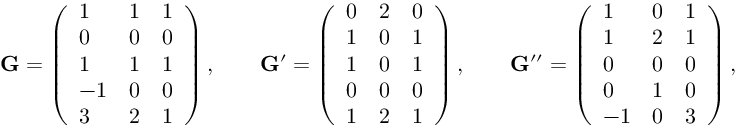
\mathbf G = \left( \begin{array} { l l l } { 1 } & { 1 } & { 1 } \\ { 0 } & { 0 } & { 0 } \\ { 1 } & { 1 } & { 1 } \\ { - 1 } & { 0 } & { 0 } \\ { 3 } & { 2 } & { 1 } \end{array} \right) , \qquad \mathbf G ^ { \prime } = \left( \begin{array} { l l l } { 0 } & { 2 } & { 0 } \\ { 1 } & { 0 } & { 1 } \\ { 1 } & { 0 } & { 1 } \\ { 0 } & { 0 } & { 0 } \\ { 1 } & { 2 } & { 1 } \end{array} \right) , \qquad \mathbf G ^ { \prime \prime } = \left( \begin{array} { l l l } { 1 } & { 0 } & { 1 } \\ { 1 } & { 2 } & { 1 } \\ { 0 } & { 0 } & { 0 } \\ { 0 } & { 1 } & { 0 } \\ { - 1 } & { 0 } & { 3 } \end{array} \right) , \qquad